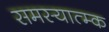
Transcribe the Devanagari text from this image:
समस्यात्म्क